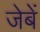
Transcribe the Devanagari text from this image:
जेबें